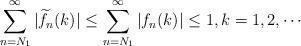
LaTeX: \begin{align*}\sum_{n=N_{1}}^{\infty}|\widetilde{f}_{n}(k)|\leq\sum_{n=N_{1}}^{\infty}|f_{n}(k)|\leq 1, k=1,2,\cdots\end{align*}